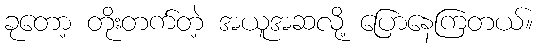
ခုတော့ တိုးတက်တဲ့ အယူအဆလို့ ပြောနေကြတယ်။